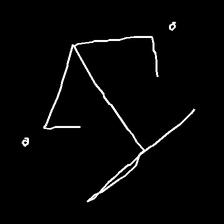
Glyph: earth